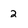
Character: 2